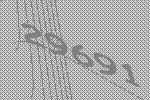
29691